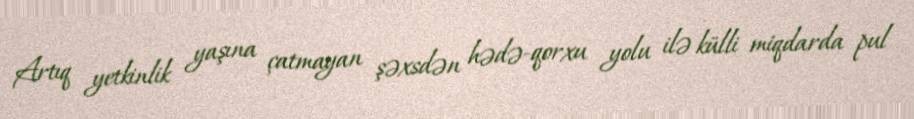
Artıq yetkinlik yaşına çatmayan şəxsdən hədə-qorxu yolu ilə külli miqdarda pul